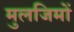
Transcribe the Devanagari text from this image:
मुलजिमों